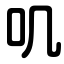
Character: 叽